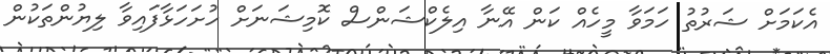
އެކަމަށް ޝަރުތު ހަމަވާ މީހެއް ކަން އޭނާ އިލެކްޝަންސް ކޮމިޝަނަށް ހުށަހަޅާފައިވާ ލިޔުންތަކުން